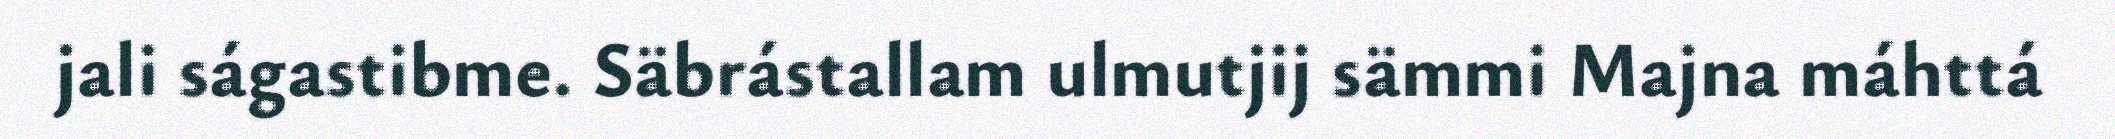
jali ságastibme. Säbrástallam ulmutjij sämmi Majna máhttá